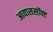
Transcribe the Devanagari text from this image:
आवाससॉफ्ट